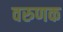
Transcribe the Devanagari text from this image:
वरुणक